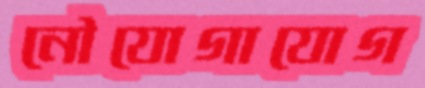
নৌযোগাযোগ